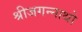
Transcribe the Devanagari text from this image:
श्रीजगन्नाथो